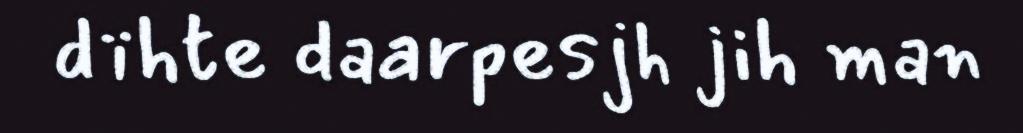
dïhte daarpesjh jih man